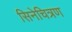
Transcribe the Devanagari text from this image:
सिनेचित्रण